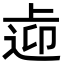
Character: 𨓑